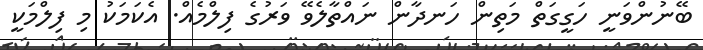
ބޭނުންވަނީ ހަގީގަތް މަތިން ހަނދާން ނައްތާލެވޭ ވަރުގެ ފިލްމެއް. އެކަމަކު މި ފިލްމަކީ